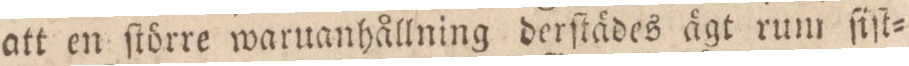
att en ſtörre waruanhållning derſtädes ågt rum ſiſt=